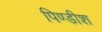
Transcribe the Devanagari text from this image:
पिण्डीश